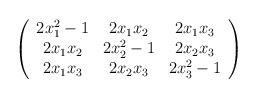
LaTeX: \begin{align*}\left( \begin{array}{ccc} 2 x_{1}^{2}-1 & 2 x_{1} x_{2} & 2 x_{1}x_{3} \\ 2 x_{1} x_{2} & 2 x_{2}^{2}-1 & 2 x_{2} x_{3} \\ 2 x_{1}x_{3} & 2 x_{2} x_{3} & 2 x_{3}^{2}-1 \end{array} \right)\end{align*}